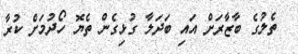
ތެލުގެ ބާޒާރަށް އައި ބަދަލާ ގުޅިގެން ތެޔޮ ހޯދުމަށް ކުރާ